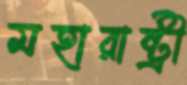
মহারাষ্ট্রী